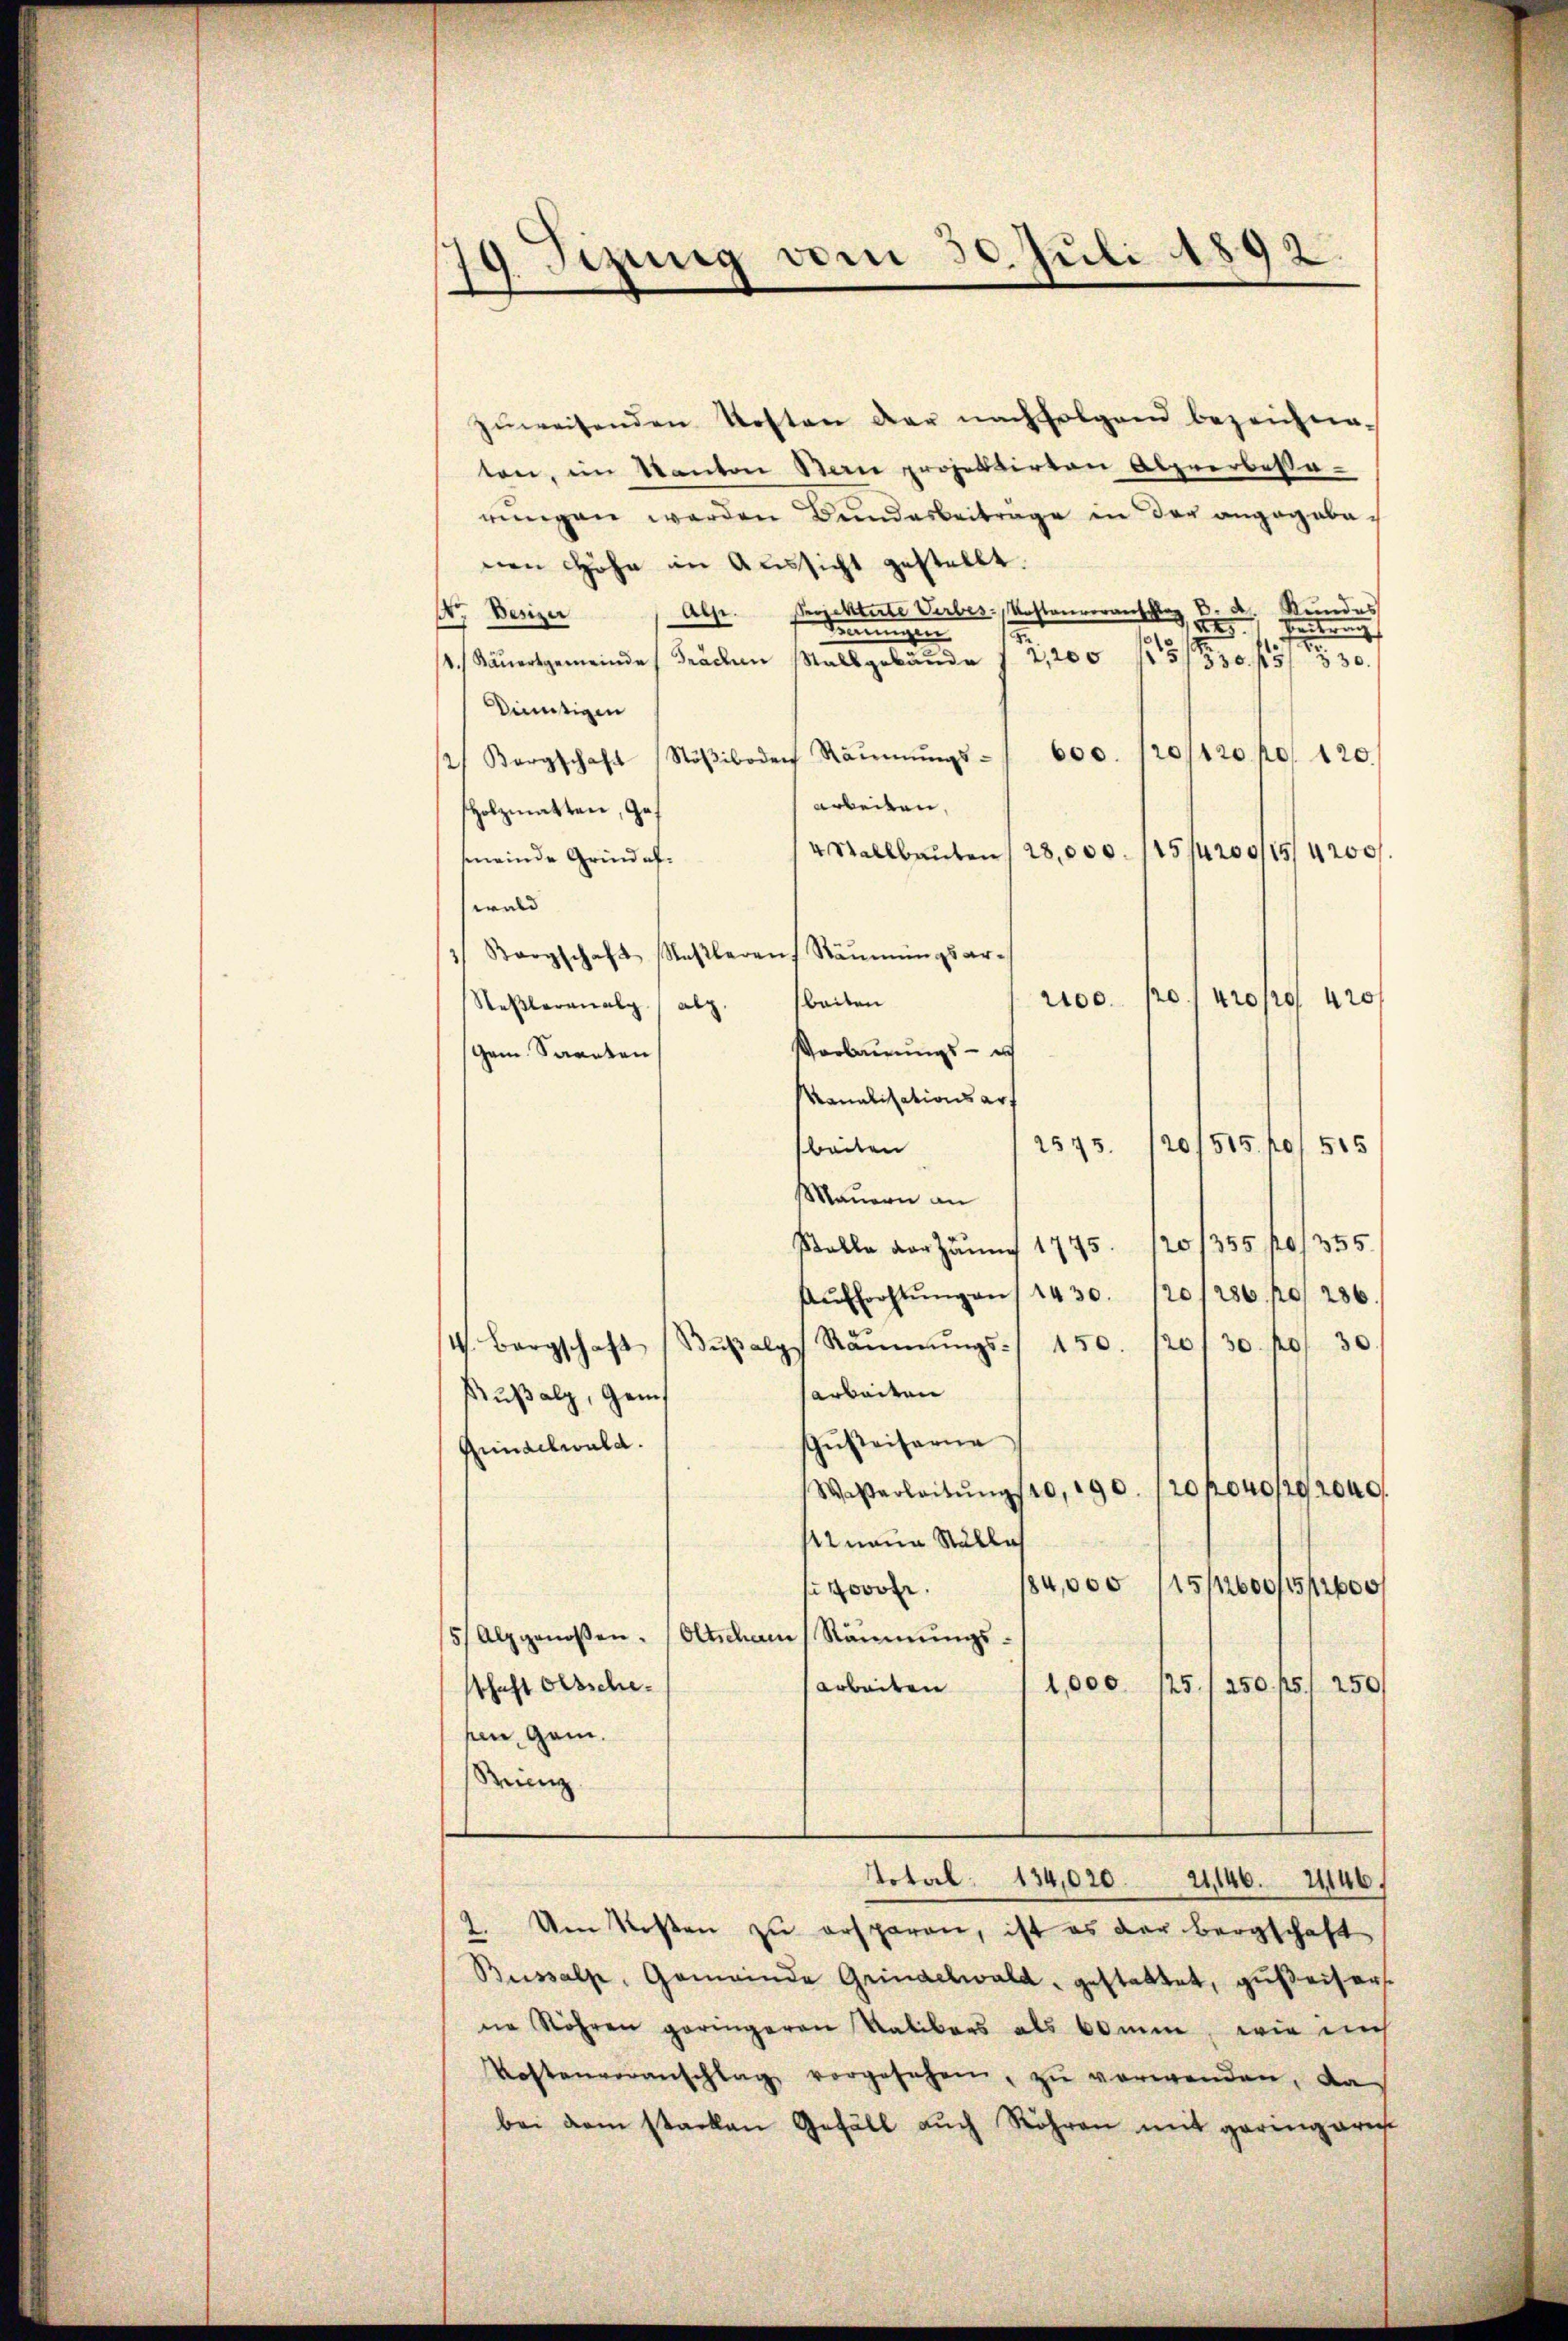
19. Jizung vom 30. Juli 1892

zŭweisenden Kosten der nachfolgend bezeichne
ten, im Kanton Bern projektirten Abzeerbesserŭngen werden Bŭndesbeitrage in der angegebenen Höhe im Aussicht gestellt.
. d. Kundes
Mr Besizer Alp. Projektirte Verbes Kostenverantag 125.
enten
derungen
 Käŭersgemeinde Frachen Mallgebäŭde / 2,200 f 30 f 5
 30.
Dinntigen
) Bergschaft (Stöβiboden Räŭmŭngs- " 600. 120/120 f 120
Arbeiten,
Holzmatten, Ge¬
4 Stellbauten 28,000. 115/4200/15/4200
meinde Grindefwald
Borgschaft (Saβleraŭf Räŭmŭngsar-
rice pro propos 420
beiten
Stelleranal abg
Vorbauungs - es
gem Sanaten,
Manalisationsart
2575.
20/515 f 515
beiten
Mauern an
Stelle der Zaun 1775. 120/355 po 1355.
Aŭfhrohtŭng an 1430.
20/286 f 286
4. Bergschaft (Bŭβalp Räŭmŭngs-/ 450. (20130 f 30
Arbeiten
Kusalz, Geneh
Gŭsteiferne
Grindelwald.
Waβarbeitŭng 10, 190. 120 p040/92000
Minaue Ställe
84,000 soo so
oof.
5/ Alpgenossen. (Oltscham Räumungs¬
250. fs. 1 250
arbeiten 11,000 125
sthaft Olsschepen, Gam.
Sein
Notal. 134,020 21, 146. 21146
2. Um Kosten zu ersparen, ist es der Bergschaft
Bisalpe, Gemeinde Grindelwald, gestattet, gußeisers.
e Röhren geringeren Ratibars als komm, wie mich
Kostenveranschlag vorgesehen, zŭ verwenden, da
bei dem stacken Gefäll auch Röhren mit geringeren